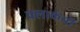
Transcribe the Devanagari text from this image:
क्‍लार्कची